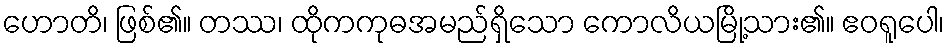
ဟောတိ၊ ဖြစ်၏။ တဿ၊ ထိုကကုဓအမည်ရှိသော ကောလိယမြို့သား၏။ ဧဝရူပေါ၊